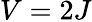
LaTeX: V=2J